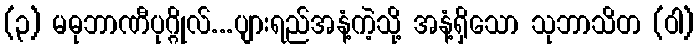
(၃) မဓုဘာဏီပုဂ္ဂိုလ်...ပျားရည်အနံ့ကဲ့သို့ အနံ့ရှိသော သုဘာသိတ (ဝါ)